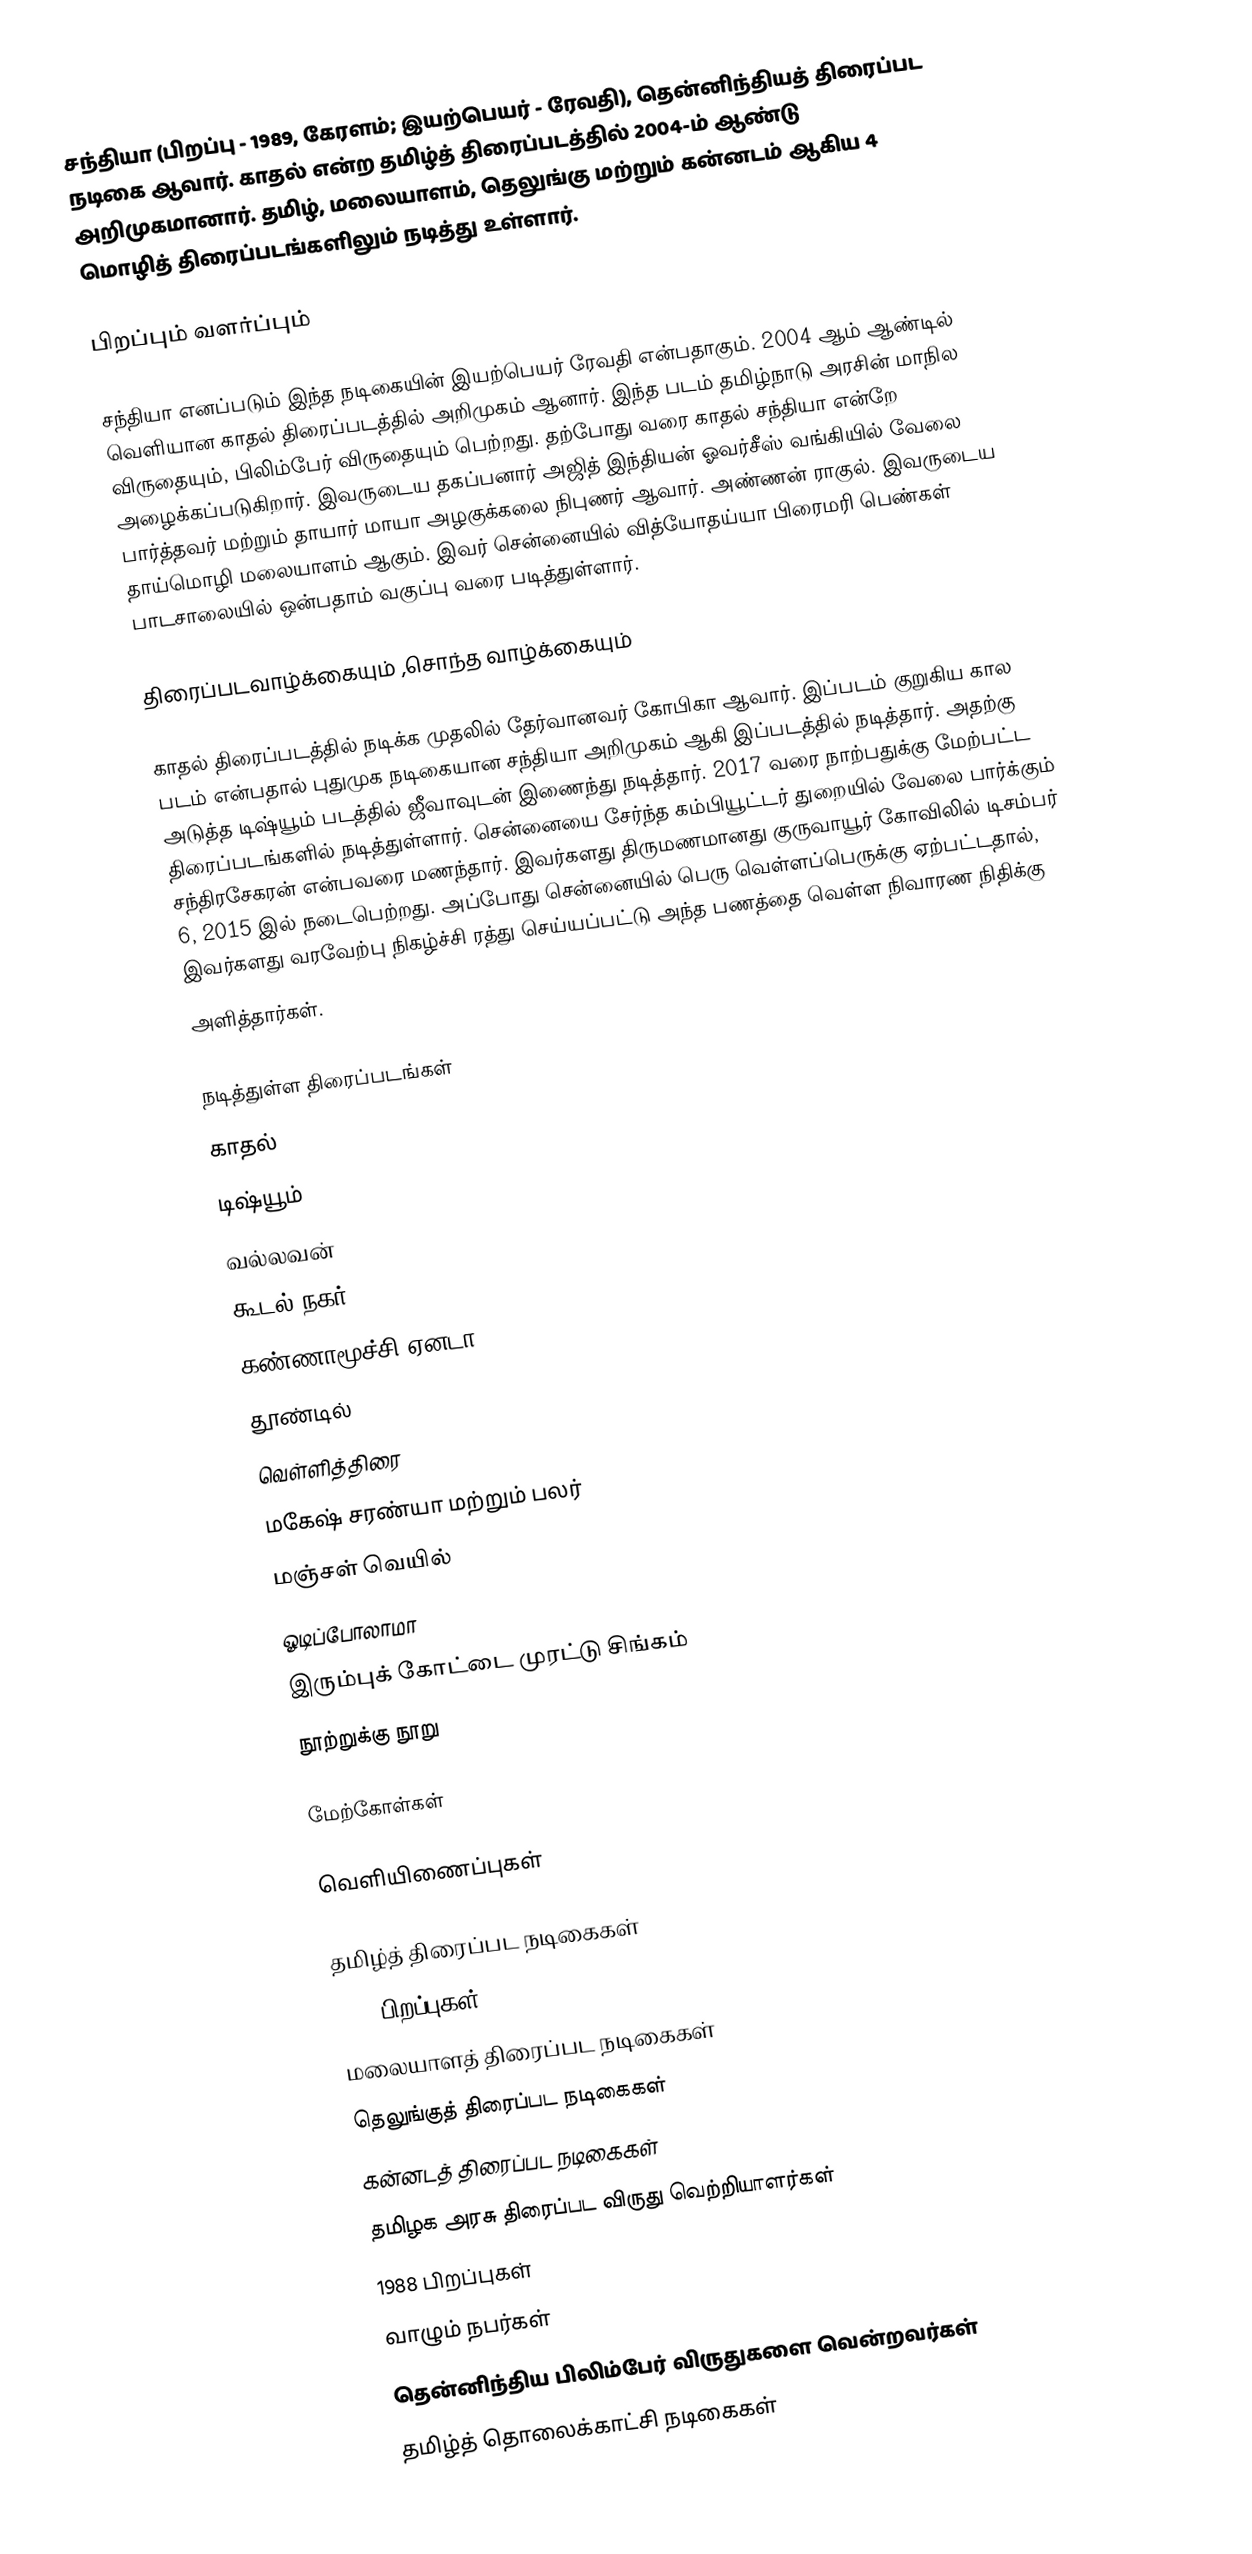
சந்தியா (பிறப்பு - 1989, கேரளம்; இயற்பெயர் - ரேவதி), தென்னிந்தியத் திரைப்பட நடிகை ஆவார். காதல் என்ற தமிழ்த் திரைப்படத்தில் 2004-ம் ஆண்டு அறிமுகமானார். தமிழ், மலையாளம், தெலுங்கு மற்றும் கன்னடம் ஆகிய 4 மொழித் திரைப்படங்களிலும் நடித்து உள்ளார்.

பிறப்பும் வளர்ப்பும்

சந்தியா எனப்படும் இந்த நடிகையின் இயற்பெயர் ரேவதி என்பதாகும். 2004 ஆம் ஆண்டில்  வெளியான காதல் திரைப்படத்தில் அறிமுகம் ஆனார். இந்த படம் தமிழ்நாடு அரசின் மாநில விருதையும், பிலிம்பேர் விருதையும் பெற்றது. தற்போது வரை காதல் சந்தியா என்றே அழைக்கப்படுகிறார். இவருடைய தகப்பனார் அஜித் இந்தியன் ஓவர்சீஸ் வங்கியில் வேலை பார்த்தவர் மற்றும் தாயார் மாயா அழகுக்கலை நிபுணர் ஆவார். அண்ணன் ராகுல். இவருடைய தாய்மொழி மலையாளம் ஆகும். இவர் சென்னையில் வித்யோதய்யா பிரைமரி பெண்கள் பாடசாலையில் ஒன்பதாம் வகுப்பு வரை படித்துள்ளார்.

திரைப்படவாழ்க்கையும் ,சொந்த வாழ்க்கையும்

காதல் திரைப்படத்தில் நடிக்க முதலில் தேர்வானவர் கோபிகா ஆவார். இப்படம் குறுகிய கால படம் என்பதால் புதுமுக நடிகையான சந்தியா அறிமுகம் ஆகி இப்படத்தில் நடித்தார். அதற்கு அடுத்த டிஷ்யூம் படத்தில் ஜீவாவுடன் இணைந்து நடித்தார். 2017 வரை நாற்பதுக்கு மேற்பட்ட திரைப்படங்களில் நடித்துள்ளார். சென்னையை சேர்ந்த கம்பியூட்டர் துறையில் வேலை பார்க்கும் சந்திரசேகரன் என்பவரை மணந்தார். இவர்களது திருமணமானது குருவாயூர் கோவிலில் டிசம்பர் 6, 2015 இல் நடைபெற்றது. அப்போது சென்னையில் பெரு வெள்ளப்பெருக்கு ஏற்பட்டதால், இவர்களது வரவேற்பு நிகழ்ச்சி ரத்து செய்யப்பட்டு அந்த பணத்தை வெள்ள நிவாரண நிதிக்கு
அளித்தார்கள்.

நடித்துள்ள திரைப்படங்கள்
 காதல்
 டிஷ்யூம்
 வல்லவன்
 கூடல் நகர்
 கண்ணாமூச்சி ஏனடா
 தூண்டில்
 வெள்ளித்திரை
 மகேஷ் சரண்யா மற்றும் பலர்
 மஞ்சள் வெயில்
 ஓடிப்போலாமா
 இரும்புக் கோட்டை முரட்டு சிங்கம்
 நூற்றுக்கு நூறு

மேற்கோள்கள்

வெளியிணைப்புகள்

தமிழ்த் திரைப்பட நடிகைகள்
1989 பிறப்புகள்
மலையாளத் திரைப்பட நடிகைகள்
தெலுங்குத் திரைப்பட நடிகைகள்
கன்னடத் திரைப்பட நடிகைகள்
தமிழக அரசு திரைப்பட விருது வெற்றியாளர்கள்
1988 பிறப்புகள்
வாழும் நபர்கள்
தென்னிந்திய பிலிம்பேர் விருதுகளை வென்றவர்கள்
தமிழ்த் தொலைக்காட்சி நடிகைகள்